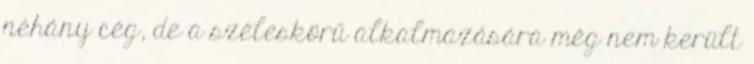
néhány cég, de a széleskörű alkalmazására még nem került